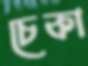
চেকা